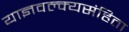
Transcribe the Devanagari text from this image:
याज्ञवल्क्यसंहिता